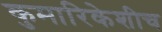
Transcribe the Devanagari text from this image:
कुमारिकेशीच